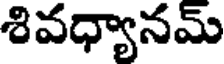
శివధ్యానమ్